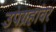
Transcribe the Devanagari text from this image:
उपग्रहांवर